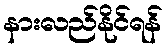
နားလည်နိုင်ရန်